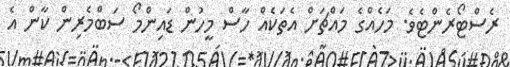
ރެސްޓޯރެންޓެވެ. މަހެއްގެ މައްޗަށް އެތަކެއް ހާސް މީހުން ޑައިންމޯ ސަބްމެރިން ކާން އެ